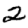
Digit: 2